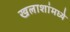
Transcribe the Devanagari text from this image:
खलाशांमध्ये